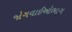
જોગવાઈઓભાગ